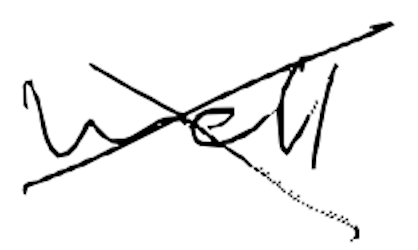
Text: well
Cross-out: cross
Writing tool: digital_black